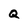
Character: Q